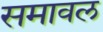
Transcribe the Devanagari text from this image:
समावल